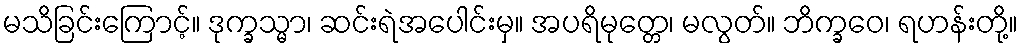
မသိခြင်းကြောင့်။ ဒုက္ခသ္မာ၊ ဆင်းရဲအပေါင်းမှ။ အပရိမုတ္တေ၊ မလွတ်။ ဘိက္ခဝေ၊ ရဟန်းတို့။